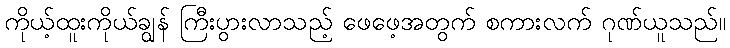
ကိုယ့်ထူးကိုယ်ချွန် ကြီးပွားလာသည့် ဖေဖေ့အတွက် စကားလက် ဂုဏ်ယူသည်။